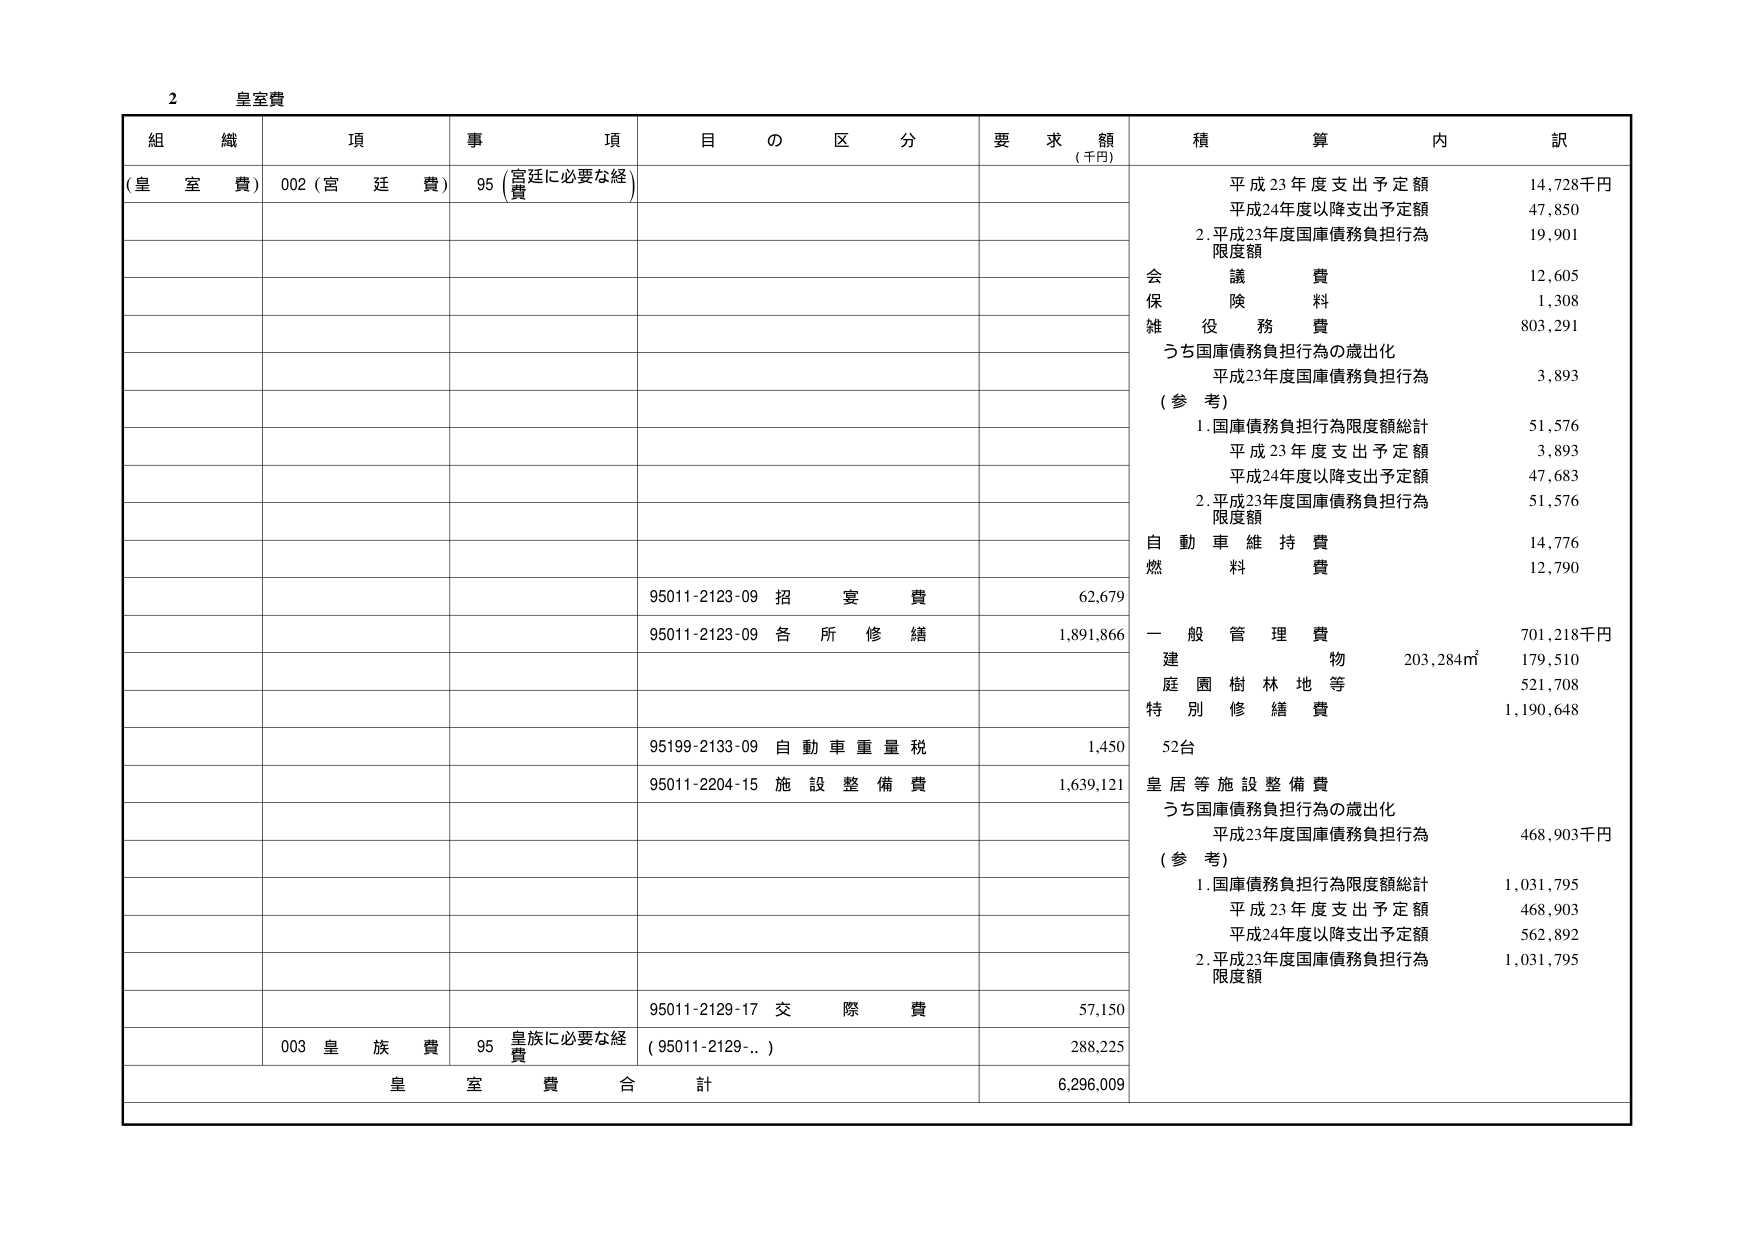
2 皇室費

組 織 項 事 項 目 の 区 分 要 求 額 (千円) 積 算 内 訳

(皇 室 費) 002 (宮 廷 費) 95 (宮廷に必要な経費)

平成23年度支出予定額 14,728千円
平成24年度以降支出予定額 47,850
2. 平成23年度国庫債務負担行為限度額 19,901
会 議 費 12,605
保 険 料 1,308
雑 役 務 費 803,291
うち国庫債務負担行為の歳出化
平成23年度国庫債務負担行為 3,893
(参 考)
1. 国庫債務負担行為限度額総計 51,576
　平成23年度支出予定額 3,893
　平成24年度以降支出予定額 47,683
2. 平成23年度国庫債務負担行為限度額 51,576
自 動 車 維 持 費 14,776
燃 料 費 12,790
95011-2123-09 招 宴 費 62,679
95011-2123-09 各 所 修 繕 1,891,866
一 般 管 理 費 701,218千円
建 物 203,284㎡ 179,510
庭 園 樹 林 地 等 521,708
特 別 修 繕 費 1,190,648
95199-2133-09 自 動 車 重 量 税 1,450
52台
95011-2204-15 施 設 整 備 費 1,639,121
皇 居 等 施 設 整 備 費
うち国庫債務負担行為の歳出化
平成23年度国庫債務負担行為 468,903千円
(参 考)
1. 国庫債務負担行為限度額総計 1,031,795
　平成23年度支出予定額 468,903
　平成24年度以降支出予定額 562,892
2. 平成23年度国庫債務負担行為限度額 1,031,795
95011-2129-17 交 際 費 57,150
003 皇 族 費 95 皇族に必要な経費 (95011-2129-...) 288,225
皇 室 費 合 計 6,296,009